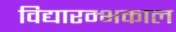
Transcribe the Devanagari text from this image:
विद्यारम्भकाल